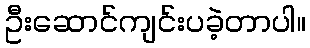
ဦးဆောင်ကျင်းပခဲ့တာပါ။